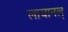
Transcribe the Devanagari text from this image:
लायानल्